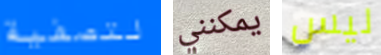
لتصفية يمكنني ليس